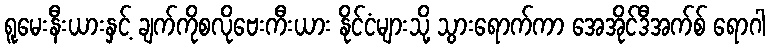
ရူမေးနီးယားနှင့် ချက်ကိုစလိုဗေးကီးယား နိုင်ငံများသို့ သွားရောက်ကာ အေအိုင်ဒီအက်စ် ရောဂါ